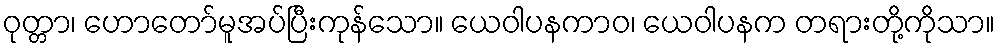
ဝုတ္တာ၊ ဟောတော်မူအပ်ပြီးကုန်သော။ ယေဝါပနကာဝ၊ ယေဝါပနက တရားတို့ကိုသာ။